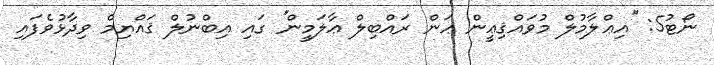
ނޯޓު5: ''އިޢްލާމުލް މުވައްޤިޢީން ޢަން ރައްބިލް ޢާލަމީން'' ގައި އިބްނުލް ޤައްޔިމް ވިދާޅުވެފައި